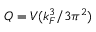
Q = V ( k _ { F } ^ { 3 } / 3 \pi ^ { 2 } )